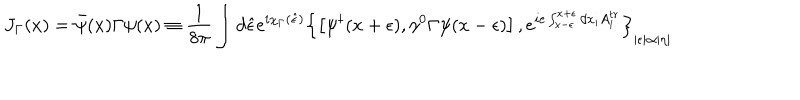
LaTeX: J _ { \Gamma } ( x ) = \bar { \psi } ( x ) \Gamma \psi ( x ) \equiv \frac { 1 } { 8 \pi } \int d \hat { \epsilon } e ^ { i \chi _ { \Gamma } ( \hat { \epsilon } ) } \left\{ \left[ \psi ^ { \dagger } ( x + \epsilon ) , \gamma ^ { 0 } \Gamma \psi ( x - \epsilon ) \right] , e ^ { i e \int _ { x - \epsilon } ^ { x + \epsilon } d x _ { i } A _ { i } ^ { t r } } \right\} _ { | \epsilon | \propto | \eta | }